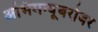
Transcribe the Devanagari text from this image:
अभिमन्यूबरोबर